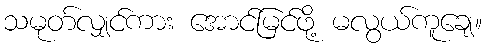
သမုတ်လျှင်ကား အောင်မြင်ဖို့ မလွယ်ကူချေ။